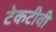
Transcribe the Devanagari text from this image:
टेकटीवी